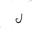
Letter: _lam